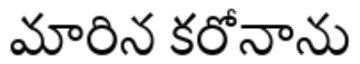
మారిన కరోనాను